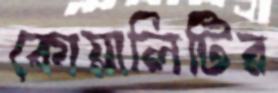
কোয়ালিটির